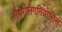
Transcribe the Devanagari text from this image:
सैपरोलगनियोसिस